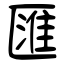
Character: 匯